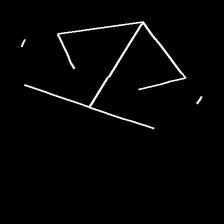
Glyph: earth